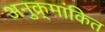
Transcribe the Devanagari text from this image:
अनुक्र्मांकित